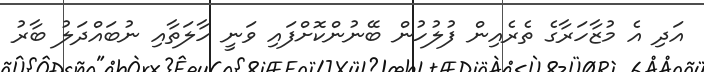
އަދި އެ މުޒާހަރާގެ ތެރެއިން ފުލުހުން ބޭނުންކޮށްފައި ވަނީ ހާލަތާއި ނުބައްދަލު ބާރު